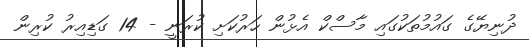
ދުނިޔޭގެ ގައުމުތަކުގައި މާސްކް އެޅުން ހަރުކަށި ކުރަނީ - 14 ގަޑިއިރު ކުރިން